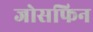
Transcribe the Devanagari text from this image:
जोसफिन